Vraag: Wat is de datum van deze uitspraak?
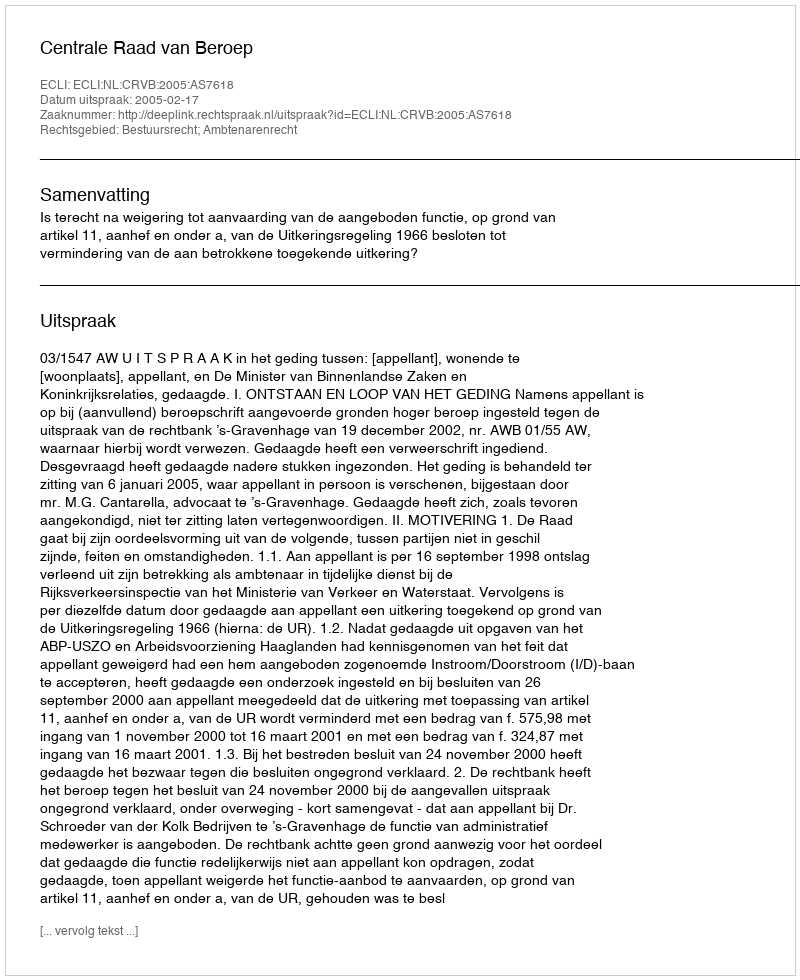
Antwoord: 2005-02-17